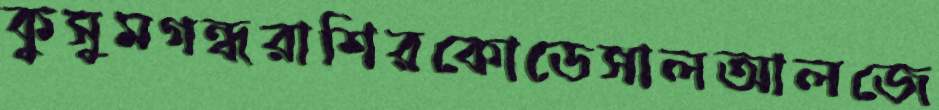
কুসুমগন্ধরাশিরকোডেসালআলজে